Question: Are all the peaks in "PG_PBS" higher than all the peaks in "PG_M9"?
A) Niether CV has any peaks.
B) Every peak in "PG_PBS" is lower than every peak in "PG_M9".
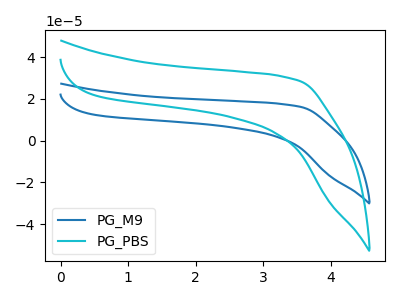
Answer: <think>The blue curve "PG_M9" has no peaks. The cyan curve "PG_PBS" has no peaks.</think>
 <answer>A) Niether CV has any peaks.</answer>
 <eval>A</eval>